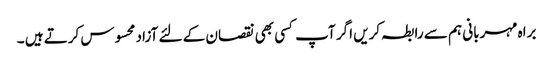
براہ مہربانی ہم سے رابطہ کریں اگر آپ کسی بھی نقصان کے لئے آزاد محسوس کرتے ہیں ۔